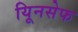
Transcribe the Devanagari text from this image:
यूिनसेफ